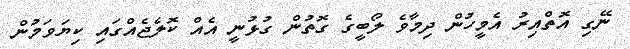
ނޭގި އޮތްއިރު އެމީހުން ދިމާވެ ލޯބީގެ ގޮތުން ގުޅުނީ އެއް ކޮލެޖެއްގައި ކިޔަވަމުން